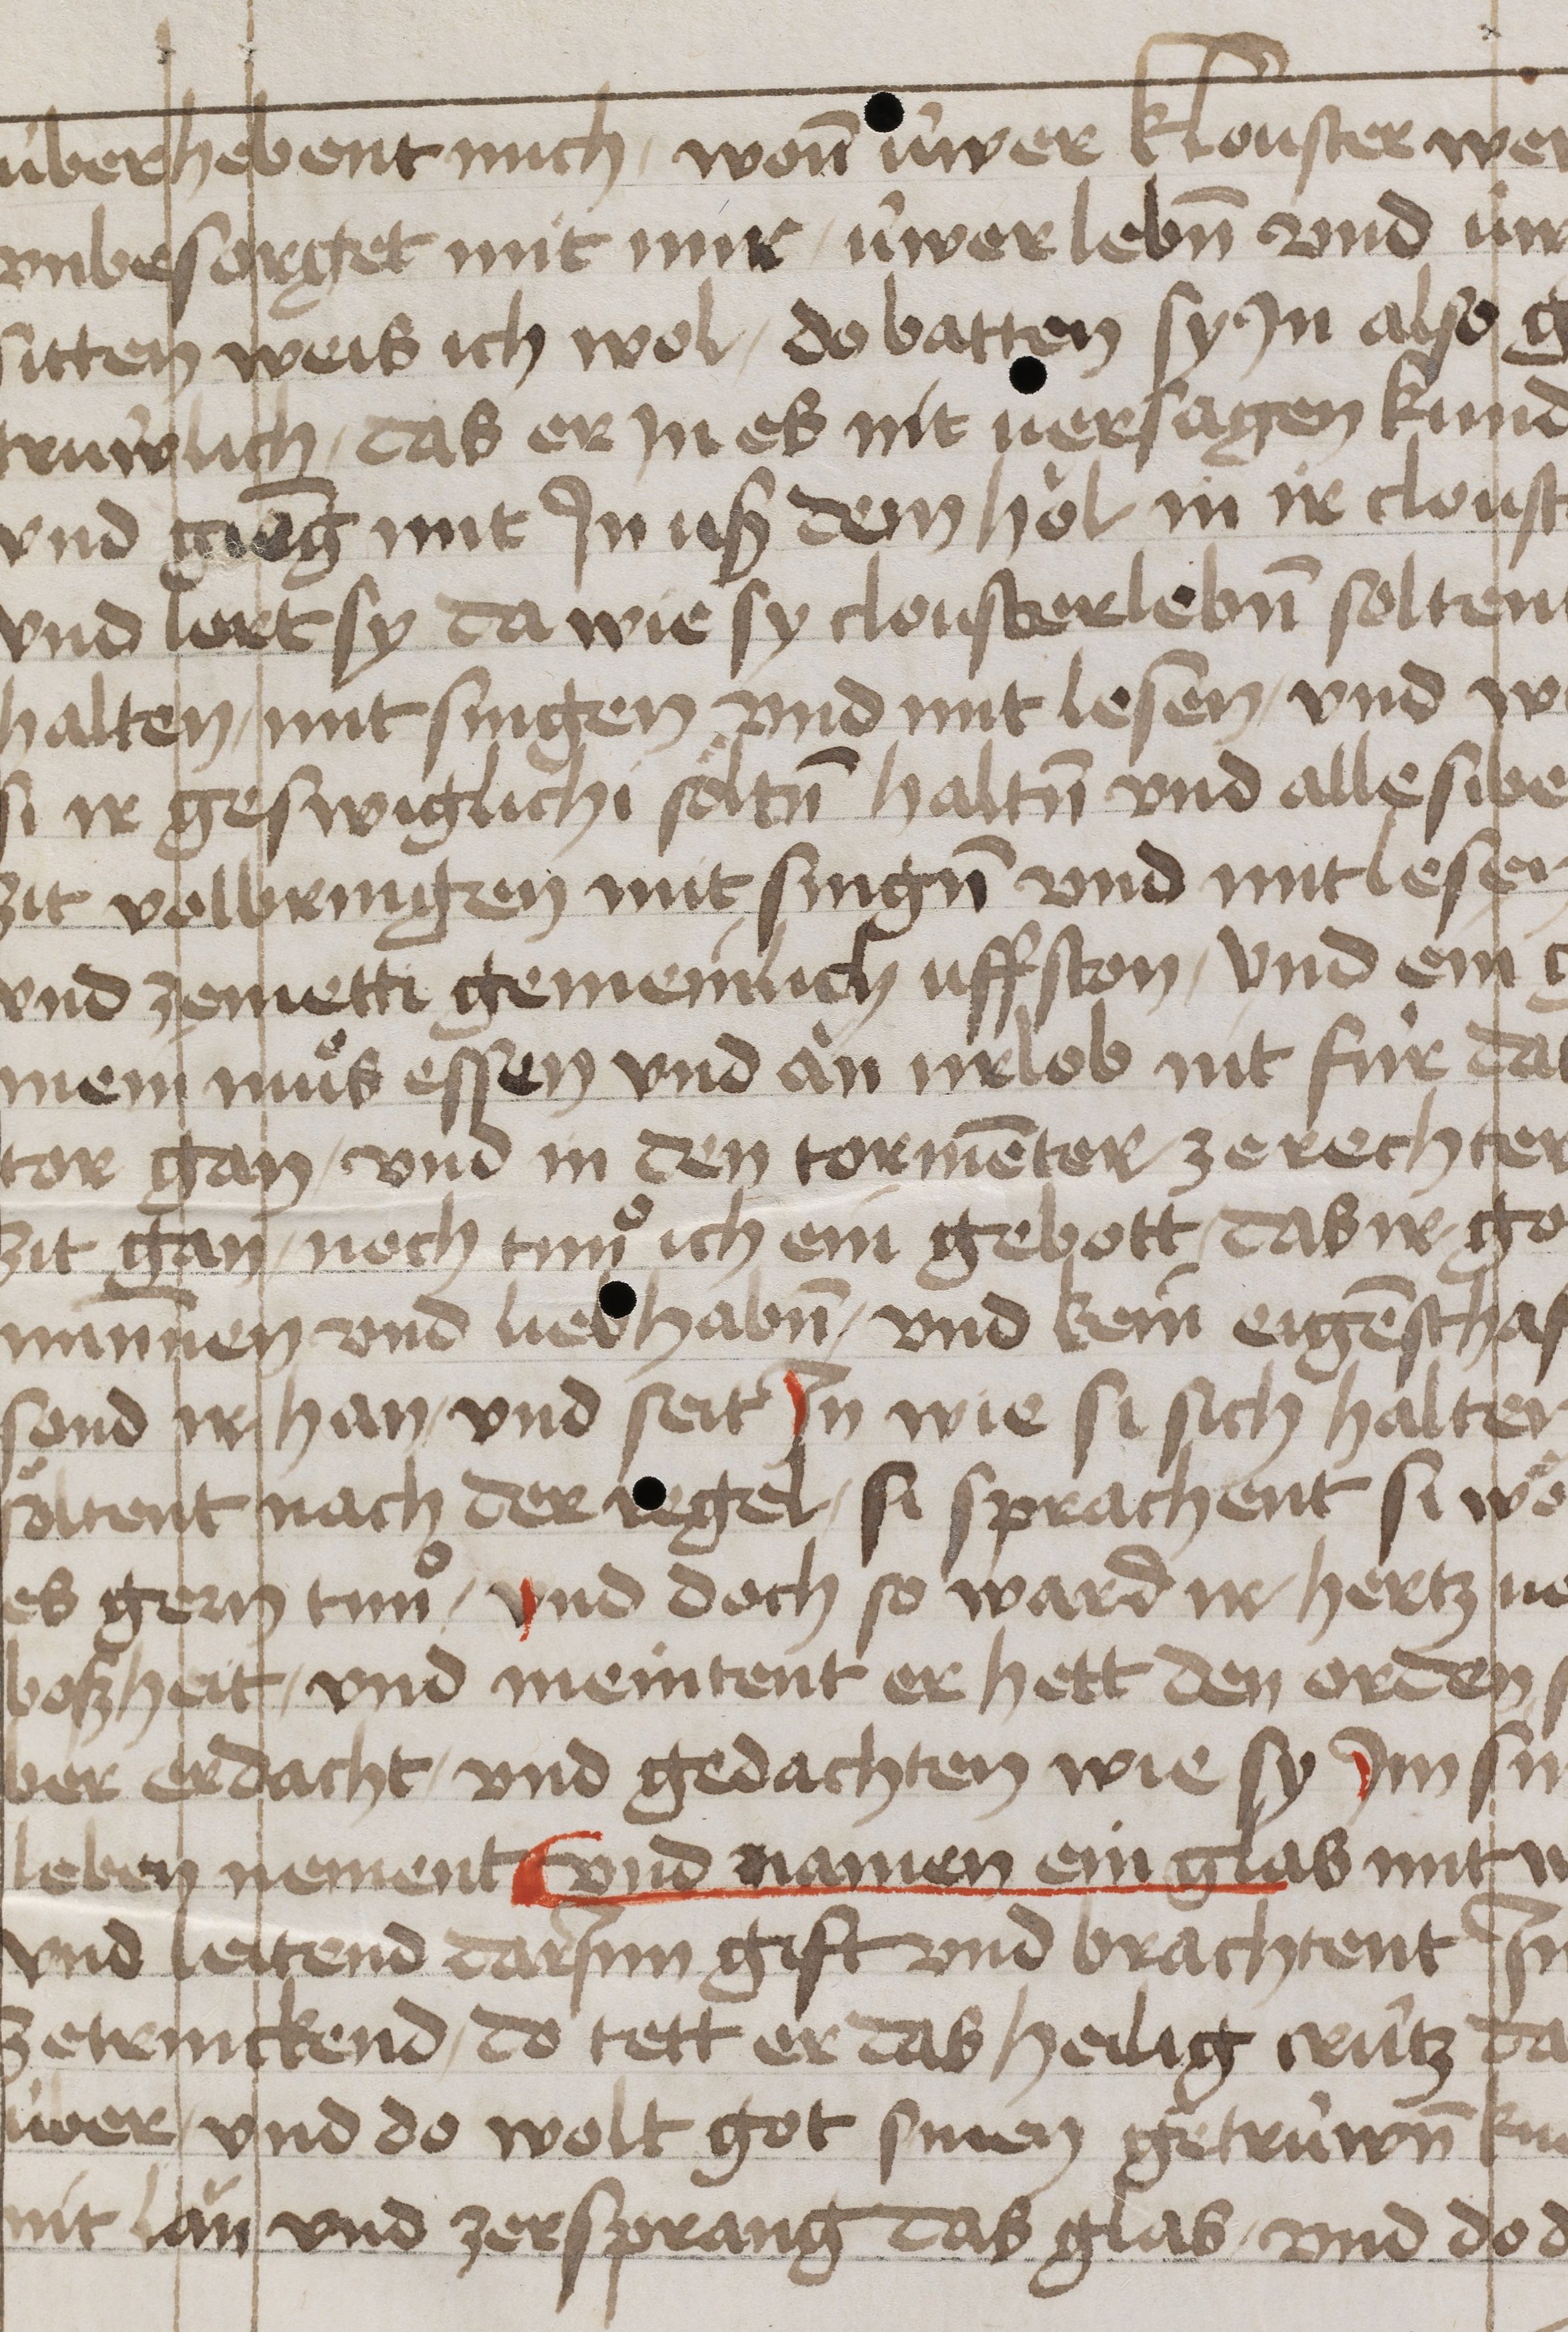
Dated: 1400–1499